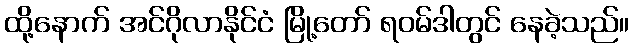
ထို့နောက် အင်ဂိုလာနိုင်ငံ မြို့တော် ရဝမ်ဒါတွင် နေခဲ့သည်။